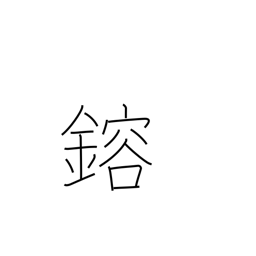
Meaning: melt